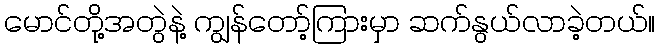
မောင်တို့အတွဲနဲ့ ကျွန်တော့်ကြားမှာ ဆက်နွယ်လာခဲ့တယ်။